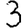
Digit: 3